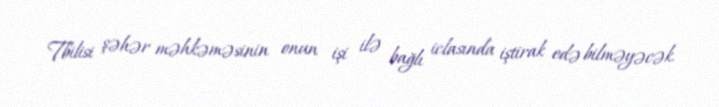
Tbilisi şəhər məhkəməsinin onun işi ilə bağlı iclasında iştirak edə bilməyəcək.